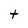
Character: t